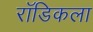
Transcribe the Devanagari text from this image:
रॉडिकला